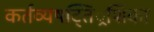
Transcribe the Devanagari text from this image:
कर्तव्यषट्तिं्रशिका